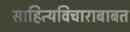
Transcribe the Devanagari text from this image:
साहित्यविचाराबाबत